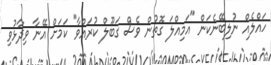
ހައްލެއް ނުލިބޭނެކަން "އަމިއްލަ ގޮތުން ވެސް ގަބޫލް ކުރައްވާ" ކަމަށް އޭނާ ވިދާޅުވި